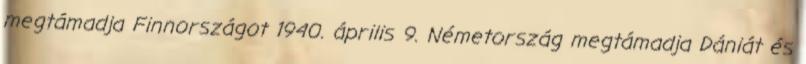
megtámadja Finnországot 1940. április 9. Németország megtámadja Dániát és